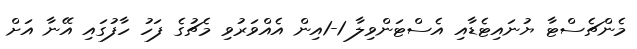
މެންޗެސްޓާ ޔުނައިޓެޑާއި އެސްޓަންވިލާ 1-1އިން އެއްވަރުވި މެޗުގެ ފަހު ހާފުގައި އޭނާ އަށް